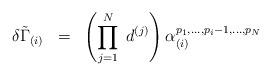
LaTeX: \begin{align*}\delta {\tilde{\Gamma}}_{(i)} \;\; = \;\; \left( \prod_{j=1}^{N} \;d^{(j)} \right) \alpha_{(i)}^{p_1 ,..., p_i -1,..., p_N }\end{align*}